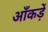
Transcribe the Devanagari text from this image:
आँकड़ें